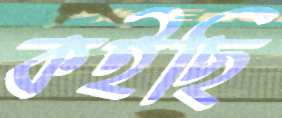
কইছি